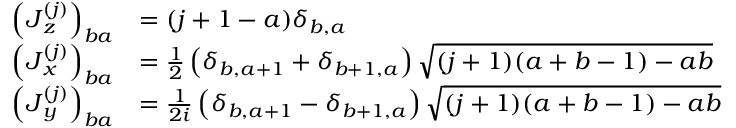
{ \begin{array} { r l } { \left( { \boldsymbol { J } } _ { z } ^ { ( j ) } \right) _ { b a } } & { = ( j + 1 - a ) \delta _ { b , a } } \\ { \left( { \boldsymbol { J } } _ { x } ^ { ( j ) } \right) _ { b a } } & { = { \frac { 1 } { 2 } } \left( \delta _ { b , a + 1 } + \delta _ { b + 1 , a } \right) { \sqrt { ( j + 1 ) ( a + b - 1 ) - a b } } } \\ { \left( { \boldsymbol { J } } _ { y } ^ { ( j ) } \right) _ { b a } } & { = { \frac { 1 } { 2 i } } \left( \delta _ { b , a + 1 } - \delta _ { b + 1 , a } \right) { \sqrt { ( j + 1 ) ( a + b - 1 ) - a b } } } \end{array} }